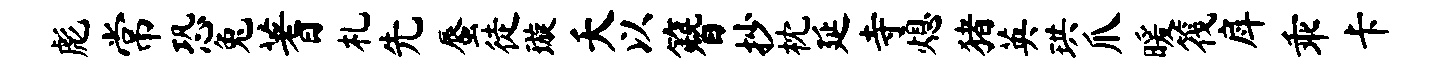
彪常恐兔蓍札先蜃徒璇夭以簪抄枕延寺熄猪英珙爪暖筏戽乖卡